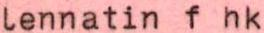
lennatin f hk